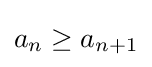
a_{n}\geq a_{n+1}